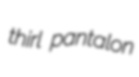
thirl pantalon